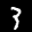
Label: 3